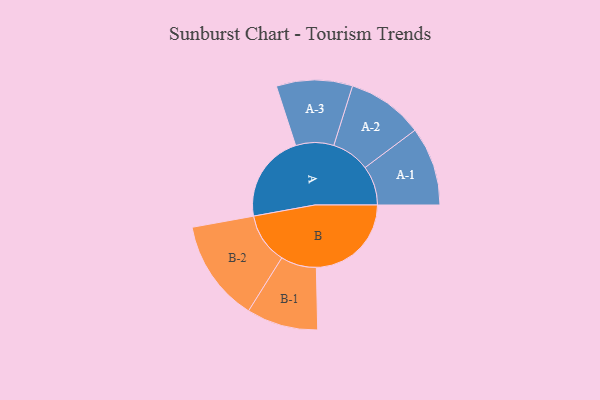
{"axis": {"x": "Segment", "y": "Value"}, "legend": ["", "A", "B"], "data": [{"x": "A", "y": 380, "type": ""}, {"x": "B", "y": 410, "type": ""}, {"x": "A-1", "y": 170, "type": "A"}, {"x": "A-2", "y": 165, "type": "A"}, {"x": "A-3", "y": 164, "type": "A"}, {"x": "B-1", "y": 154, "type": "B"}, {"x": "B-2", "y": 220, "type": "B"}]}